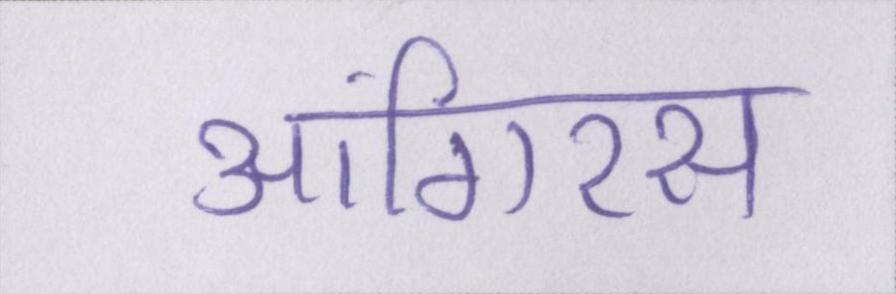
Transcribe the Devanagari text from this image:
आंगिरस